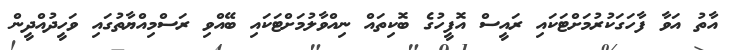
އާތު އަވާ ފާހަގަކުރުމަށްޓަކައި ރައީސް އޮފީހުގެ ބޮކިތައް ނިއްވާލުމަށްޓަކައި ބޭއްވި ރަސްމިއްޔާތުގައި ވަހީދުއްދީން